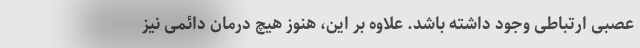
عصبی ارتباطی وجود داشته باشد. علاوه بر این، هنوز هیچ درمان دائمی نیز